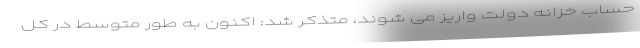
حساب خزانه دولت واریز می شوند، متذکر شد: اکنون به طور متوسط در کل